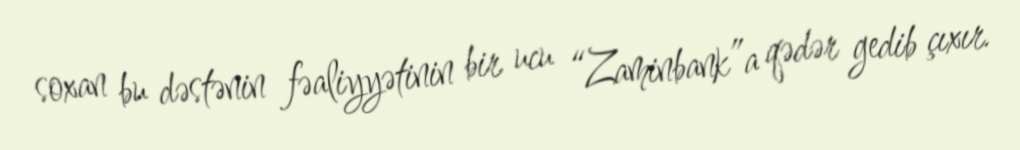
soxan bu dəstənin fəaliyyətinin bir ucu “Zaminbank”a qədər gedib çıxır.